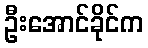
ဦးအောင်ခိုင်က